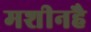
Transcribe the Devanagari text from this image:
मशीनहै